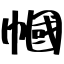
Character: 幗